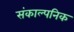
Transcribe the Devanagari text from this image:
संकाल्पनिक